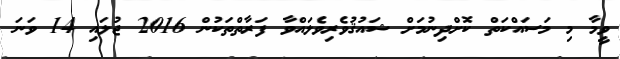
ވީމާ މި މަސައްކަތް ކޮށްދިނުމަށް ޝައުޤުވެރިވެލައްވާ ފަރާތްތަކުން 2016 ޖުލައި 14 ވަނަ